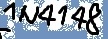
Text: IN4148